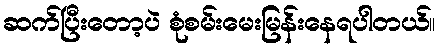
ဆက်ပြီးတော့ပဲ စုံစမ်းမေးမြန်းနေရပါတယ်။